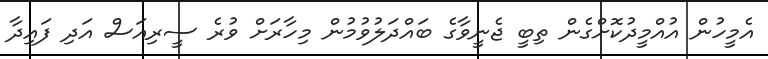
އެމީހުން އުއްމީދުކޮށްގެން ތިބީ ޖެނީވާގެ ބައްދަލުވުމުން މިހާރަށް ވުރެ ސީރިއަސް އަދި ފައިދާ